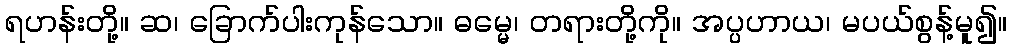
ရဟန်းတို့။ ဆ၊ ခြောက်ပါးကုန်သော။ ဓမ္မေ၊ တရားတို့ကို။ အပ္ပဟာယ၊ မပယ်စွန့်မူ၍။